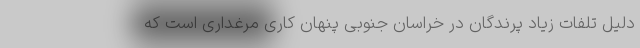
دلیل تلفات زیاد پرندگان در خراسان جنوبی پنهان کاری مرغداری است که